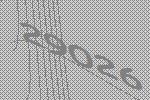
29026